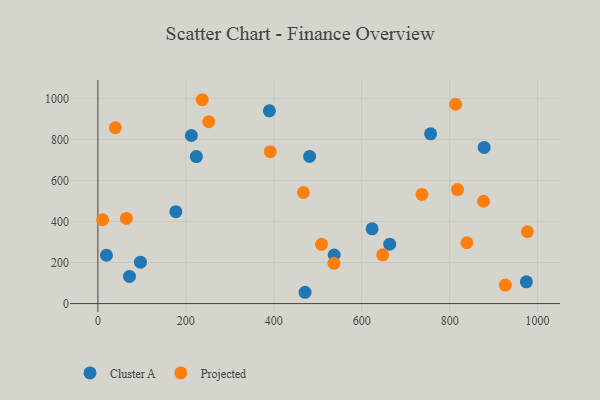
{"axis": {"x": "Investment", "y": "Profit"}, "legend": ["Cluster A", "Projected"], "data": [{"x": "177.3", "y": 448.1, "type": "Cluster A"}, {"x": "96.9", "y": 201.7, "type": "Cluster A"}, {"x": "19.5", "y": 235.6, "type": "Cluster A"}, {"x": "623.7", "y": 364.4, "type": "Cluster A"}, {"x": "756.7", "y": 827.3, "type": "Cluster A"}, {"x": "663.7", "y": 289.8, "type": "Cluster A"}, {"x": "974.6", "y": 106.0, "type": "Cluster A"}, {"x": "212.7", "y": 819.2, "type": "Cluster A"}, {"x": "481.5", "y": 717.1, "type": "Cluster A"}, {"x": "537.4", "y": 236.9, "type": "Cluster A"}, {"x": "471.2", "y": 55.2, "type": "Cluster A"}, {"x": "71.9", "y": 132.5, "type": "Cluster A"}, {"x": "223.9", "y": 716.4, "type": "Cluster A"}, {"x": "390.1", "y": 939.5, "type": "Cluster A"}, {"x": "878.5", "y": 761.1, "type": "Cluster A"}, {"x": "839.2", "y": 296.5, "type": "Projected"}, {"x": "813.7", "y": 971.6, "type": "Projected"}, {"x": "39.7", "y": 857.1, "type": "Projected"}, {"x": "817.9", "y": 555.5, "type": "Projected"}, {"x": "508.7", "y": 289.1, "type": "Projected"}, {"x": "64.9", "y": 415.3, "type": "Projected"}, {"x": "467.4", "y": 541.5, "type": "Projected"}, {"x": "877.2", "y": 498.9, "type": "Projected"}, {"x": "536.9", "y": 196.3, "type": "Projected"}, {"x": "647.8", "y": 237.5, "type": "Projected"}, {"x": "252.1", "y": 886.8, "type": "Projected"}, {"x": "976.8", "y": 350.2, "type": "Projected"}, {"x": "392.0", "y": 740.4, "type": "Projected"}, {"x": "926.8", "y": 90.4, "type": "Projected"}, {"x": "237.4", "y": 993.6, "type": "Projected"}, {"x": "737.1", "y": 532.0, "type": "Projected"}, {"x": "10.8", "y": 408.6, "type": "Projected"}]}